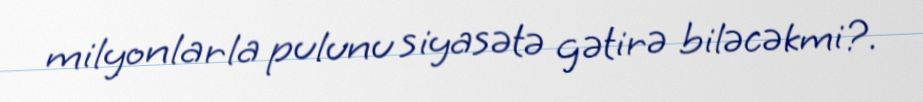
milyonlarla pulunu siyasətə gətirə biləcəkmi?.